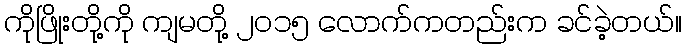
ကိုဖြိုးတို့ကို ကျမတို့ ၂၀၁၅ လောက်ကတည်းက ခင်ခဲ့တယ်။